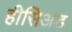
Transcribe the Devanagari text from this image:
हीसिअड